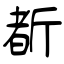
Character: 斱